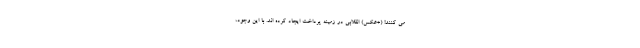
می کنند! (+عکس) انقلابی در زمینه پرداخت ایجاد کرده اند. با این وجود،